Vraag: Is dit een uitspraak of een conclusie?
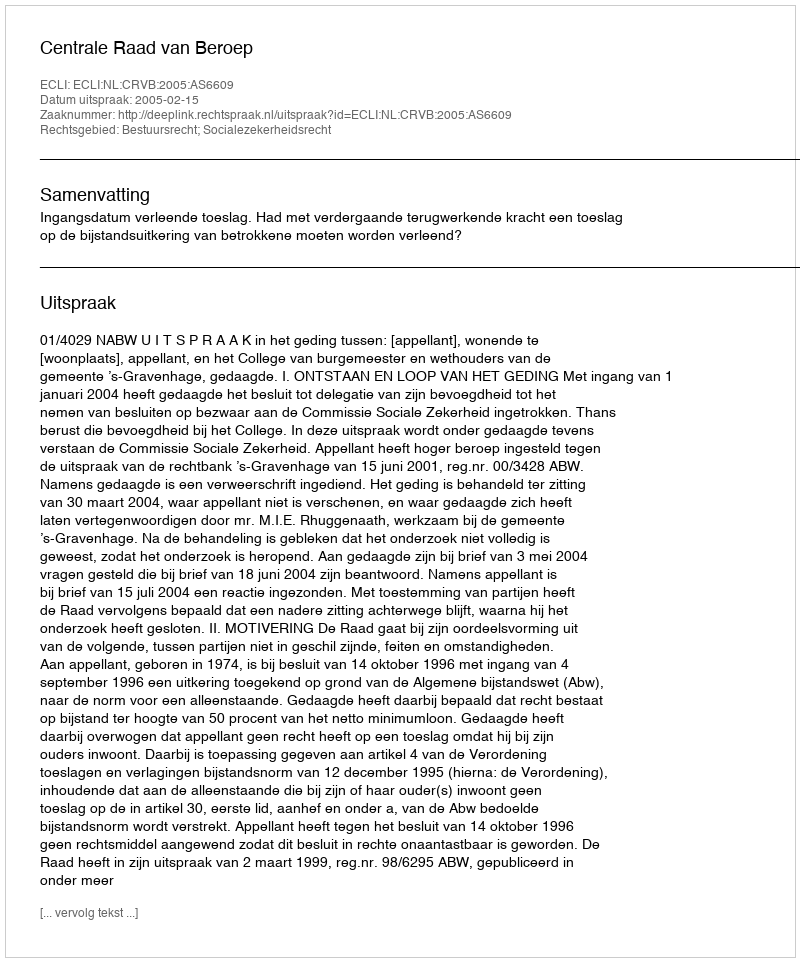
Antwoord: Uitspraak